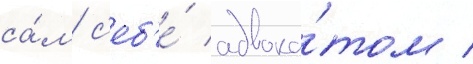
са́м с'еб'е́ адвока́том /